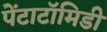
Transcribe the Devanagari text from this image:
पेंटाटॉमिडी